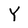
Character: Y